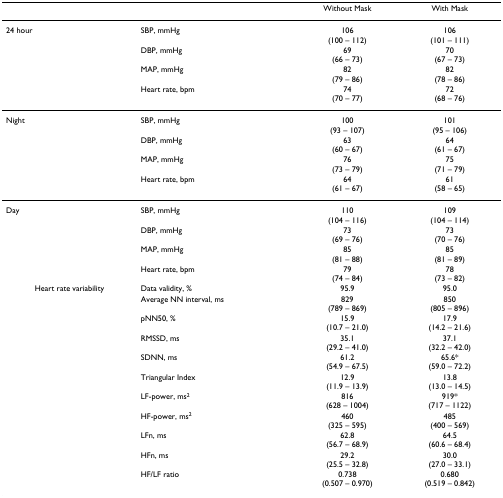
<table><thead><tr><td></td><td></td><td><b>Without Mask</b></td><td><b>With Mask</b></td></tr></thead><tbody><tr><td>24 hour</td><td>SBP, mmHg</td><td>106(100 – 112)</td><td>106(101 – 111)</td></tr><tr><td></td><td>DBP, mmHg</td><td>69(66 – 73)</td><td>70(67 – 73)</td></tr><tr><td></td><td>MAP, mmHg</td><td>82(79 – 86)</td><td>82(78 – 86)</td></tr><tr><td></td><td>Heart rate, bpm</td><td>74(70 – 77)</td><td>72(68 – 76)</td></tr><tr><td>Night</td><td>SBP, mmHg</td><td>100(93 – 107)</td><td>101(95 – 106)</td></tr><tr><td></td><td>DBP, mmHg</td><td>63(60 – 67)</td><td>64(61 – 67)</td></tr><tr><td></td><td>MAP, mmHg</td><td>76(73 – 79)</td><td>75(71 – 79)</td></tr><tr><td></td><td>Heart rate, bpm</td><td>64(61 – 67)</td><td>61(58 – 65)</td></tr><tr><td>Day</td><td>SBP, mmHg</td><td>110(104 – 116)</td><td>109(104 – 114)</td></tr><tr><td></td><td>DBP, mmHg</td><td>73(69 – 76)</td><td>73(70 – 76)</td></tr><tr><td></td><td>MAP, mmHg</td><td>85(81 – 88)</td><td>85(81 – 89)</td></tr><tr><td></td><td>Heart rate, bpm</td><td>79(74 – 84)</td><td>78(73 – 82)</td></tr><tr><td>Heart rate variability</td><td>Data validity, %</td><td>95.9</td><td>95.0</td></tr><tr><td></td><td>Average NN interval, ms</td><td>829(789 – 869)</td><td>850(805 – 896)</td></tr><tr><td></td><td>pNN50, %</td><td>15.9(10.7 – 21.0)</td><td>17.9(14.2 – 21.6)</td></tr><tr><td></td><td>RMSSD, ms</td><td>35.1(29.2 – 41.0)</td><td>37.1(32.2 – 42.0)</td></tr><tr><td></td><td>SDNN, ms</td><td>61.2(54.9 – 67.5)</td><td>65.6*(59.0 – 72.2)</td></tr><tr><td></td><td>Triangular Index</td><td>12.9(11.9 – 13.9)</td><td>13.8(13.0 – 14.5)</td></tr><tr><td></td><td>LF-power, ms<sup>2</sup></td><td>816(628 – 1004)</td><td>919*(717 – 1122)</td></tr><tr><td></td><td>HF-power, ms<sup>2</sup></td><td>460(325 – 595)</td><td>485(400 – 569)</td></tr><tr><td></td><td>LFn, ms</td><td>62.8(56.7 – 68.9)</td><td>64.5(60.6 – 68.4)</td></tr><tr><td></td><td>HFn, ms</td><td>29.2(25.5 – 32.8)</td><td>30.0(27.0 – 33.1)</td></tr><tr><td></td><td>HF/LF ratio</td><td>0.738(0.507 – 0.970)</td><td>0.680(0.519 – 0.842)</td></tr></tbody></table>